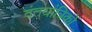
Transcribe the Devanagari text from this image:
दंतयांत्रिकों